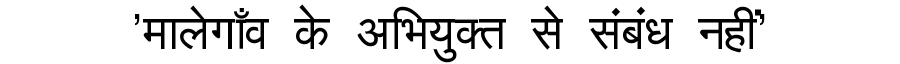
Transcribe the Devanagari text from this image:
'मालेगाँव के अभियुक्त से संबंध नहीं'